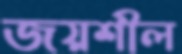
জয়শীল